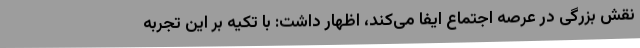
نقش بزرگی در عرصه اجتماع ایفا می‌کند، اظهار داشت: با تکیه بر این تجربه